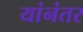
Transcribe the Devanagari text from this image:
यांनंतर